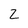
Character: Z